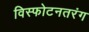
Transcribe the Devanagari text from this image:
विस्फोटनतरंग